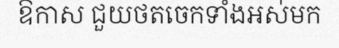
ឱកាស ជួយថតចេកទាំងអស់មក